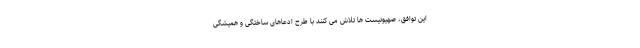
این توافق، صهیونیست ها تلاش می کنند با طرح ادعاهای ساختگی و همیشگی